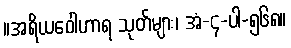
။အရိယဝေါဟာရ သုတ်များ၊ အံ-၄-ပါ-၅၆၈။